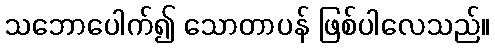
သဘောပေါက်၍ သောတာပန် ဖြစ်ပါလေသည်။